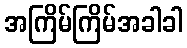
အကြိမ်ကြိမ်အခါခါ